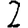
Digit: 2